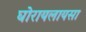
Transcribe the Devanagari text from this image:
घोरायलायसा